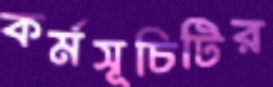
কর্মসূচিটির